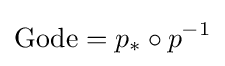
\operatorname {Gode} =p_{*}\circ p^{-1}